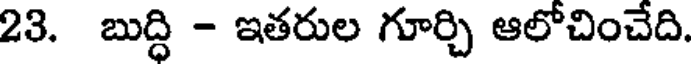
23. బుద్ధి - ఇతరుల గూర్చి ఆలోచించేది.